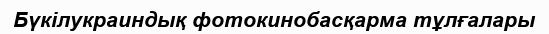
Бүкілукраиндық фотокинобасқарма тұлғалары